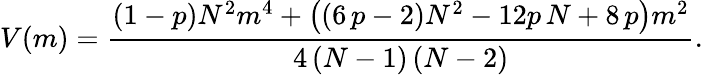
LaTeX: V(m)=\frac{\left(1-p\right)N^{2}m^{4}+\left(\left(6\, p-2\right)N^{2}-12p\, N+8\, p\right)m^{2}}{4\left(N-1\right)\left(N-2\right)}.